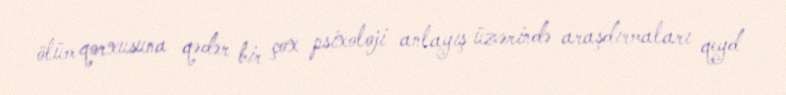
ölüm qorxusuna qədər bir çox psixoloji anlayış üzərində araşdırmaları qeyd